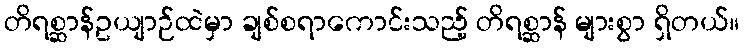
တိရစ္ဆာန်ဥယျာဉ်ထဲမှာ ချစ်စရာကောင်းသည့် တိရစ္ဆာန် များစွာ ရှိတယ်။